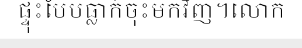
ផ្ទុះបែបធ្លាក់ចុះមកវិញ។លោក